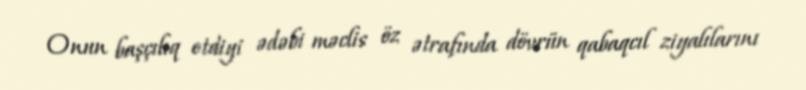
Onun başçılıq etdiyi ədəbi məclis öz ətrafında dövrün qabaqcıl ziyalılarını